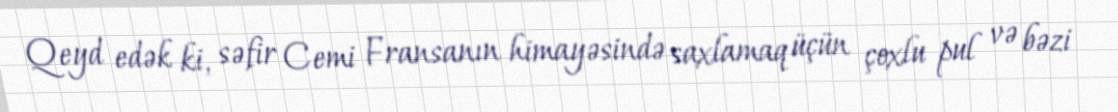
Qeyd edək ki, səfir Cemi Fransanın himayəsində saxlamaq üçün çoxlu pul və bəzi